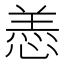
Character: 𫺵